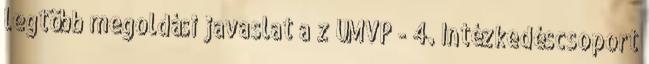
legtöbb megoldási javaslat a z ÚMVP - 4. Intézkedéscsoport